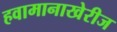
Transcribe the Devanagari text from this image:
हवामानाखेरीज